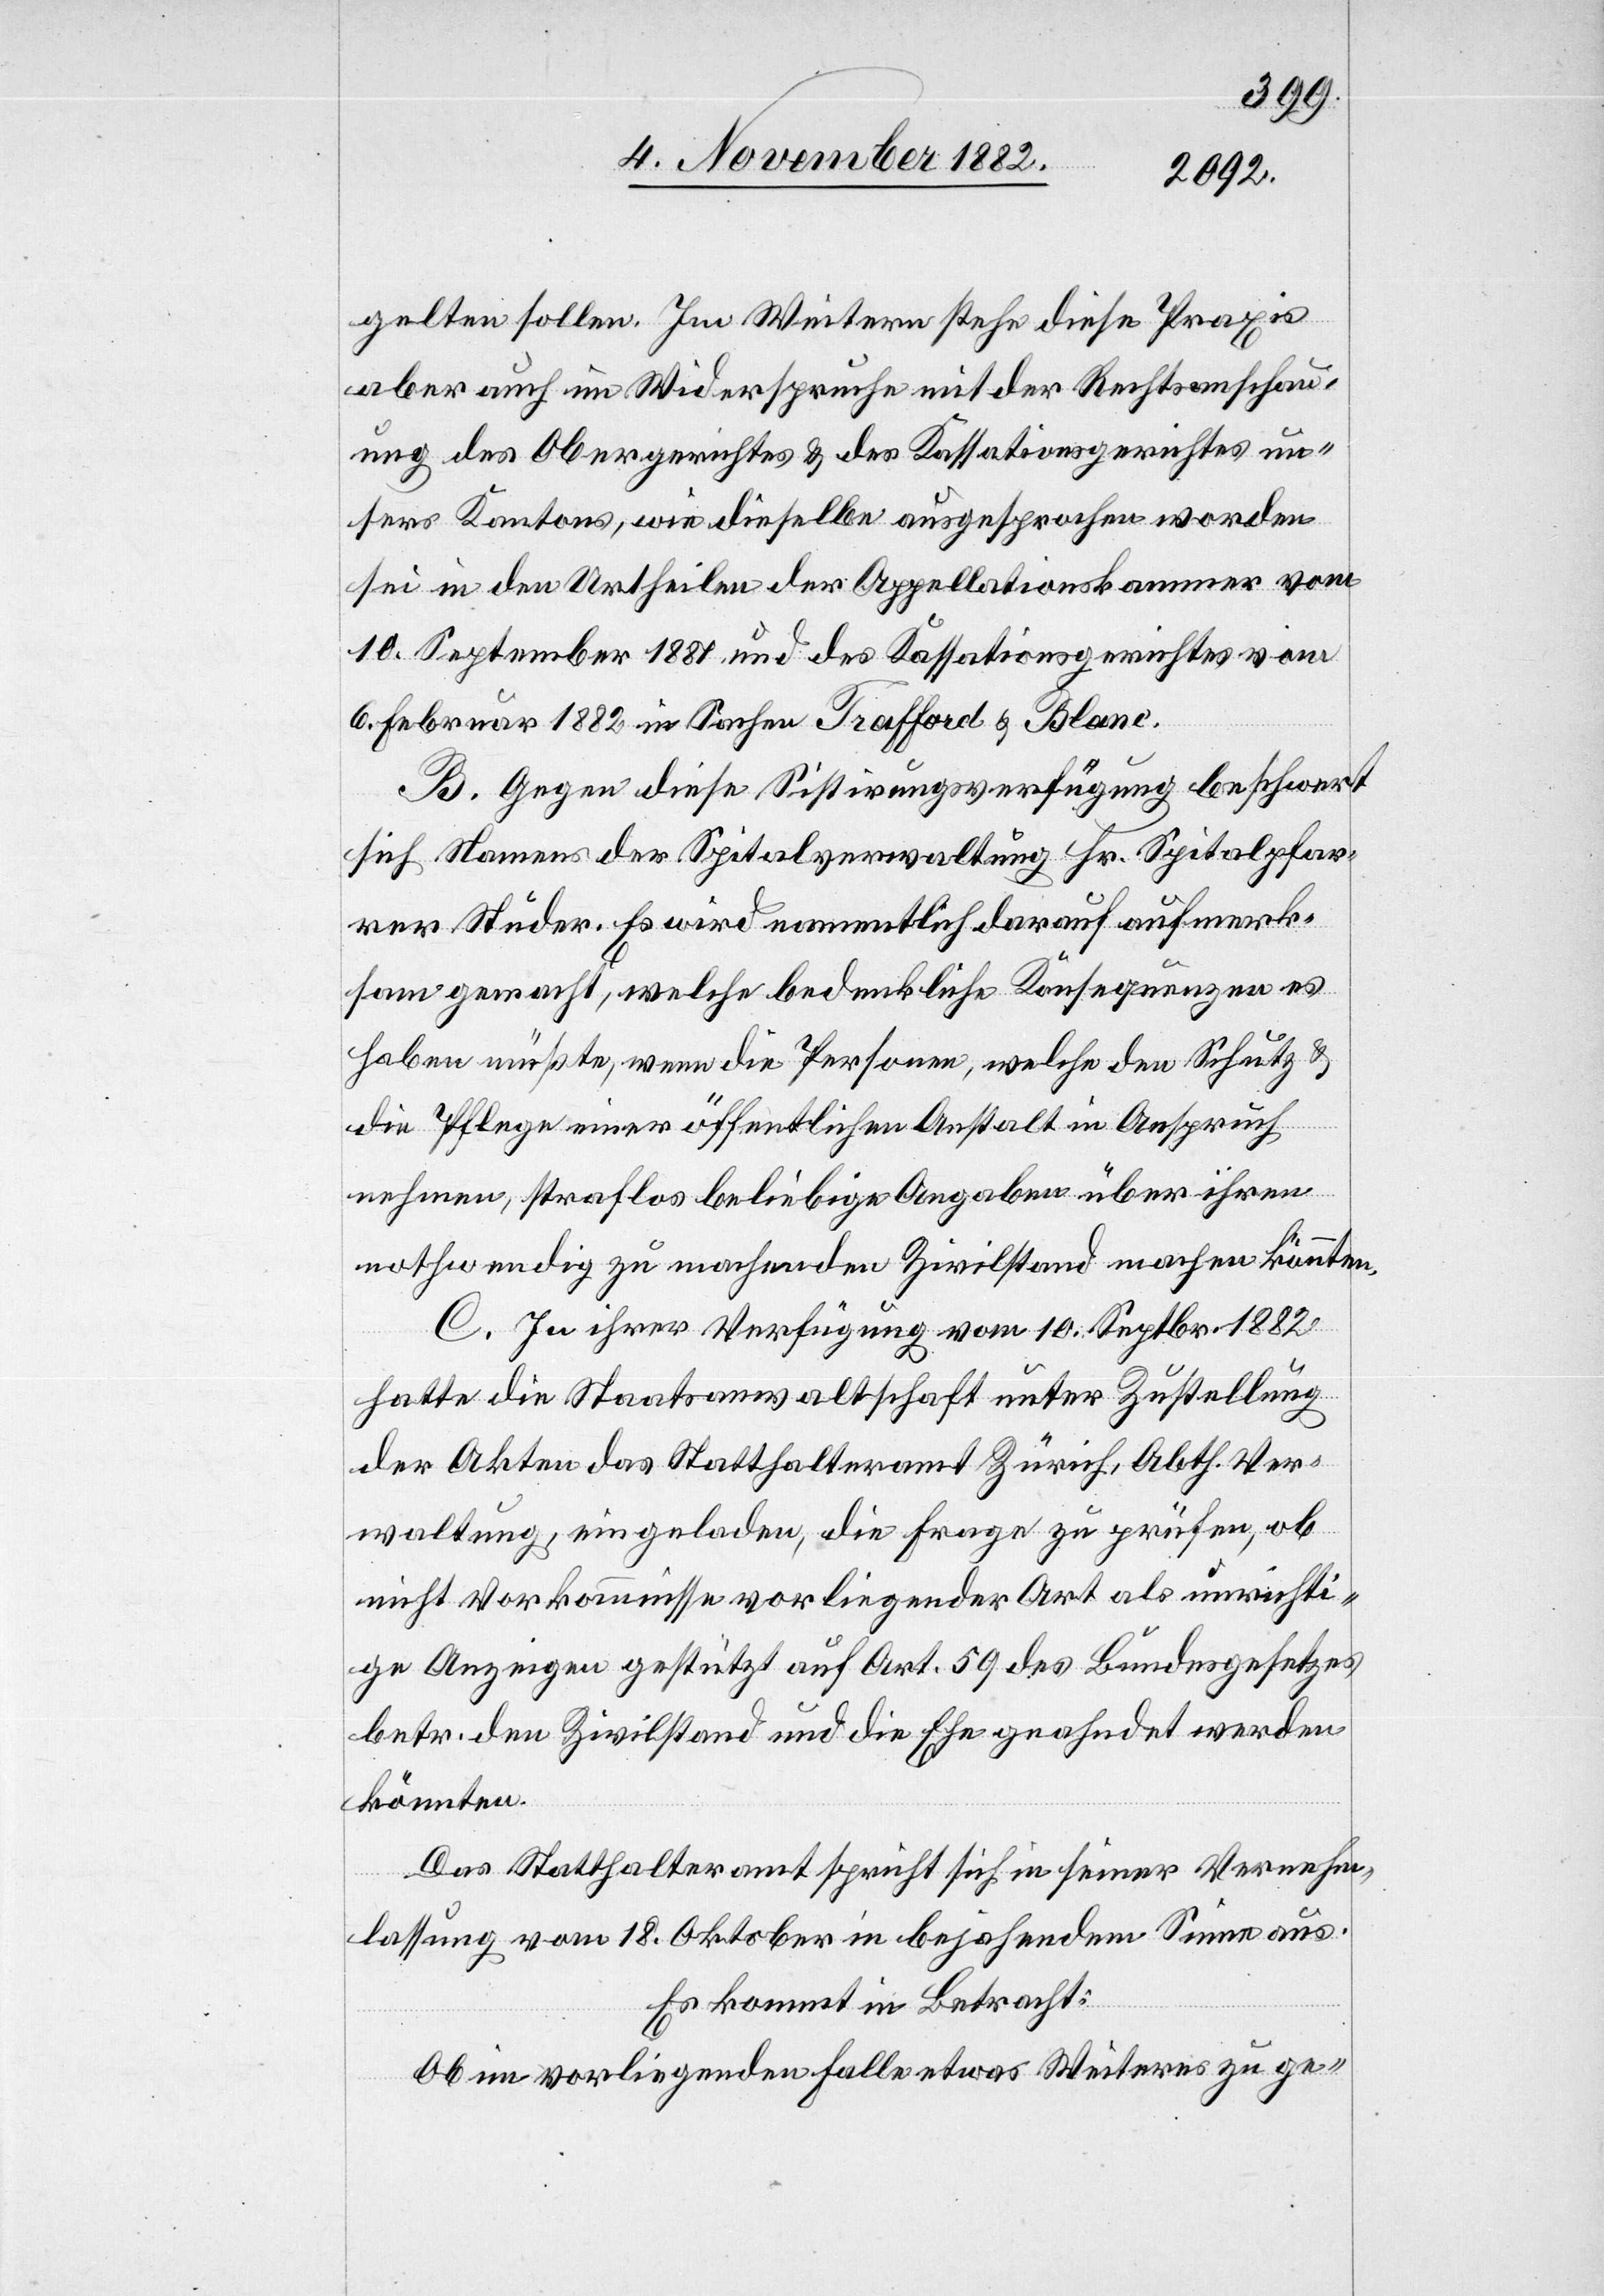
gelten sollen. Im Weitern stehe diese Praxis
aber auch im Widerspruche mit der Rechtsanschau¬
ung des Obergerichtes & des Kassationsgerichtes un¬
sers Kantons, wie dieselbe ausgesprochen worden
sei in den Urtheilen der Appellationskammer vom
10. September 1881 und des Kassationsgerichtes vom
6. Februar 1882 in Sachen Trafford & Blanc.
B. Gegen diese Sistirungsverfügung beschwert
sich Namens der Spitalverwaltung Hr. Spitalpfar¬
rer Studer. Es wird namentlich darauf aufmerk¬
sam gemacht, welche bedenkliche Konsequenzen es
haben müßte, wenn die Personen, welche den Schutz &
die Pflege einer öffentlichen Anstalt in Anspruch
nehmen, straflos beliebige Angaben über ihren
nothwendig zu machenden Zivilstand machen könnten.
C. In ihrer Verfügung vom 10. Septbr. 1882
hatte die Staatsanwaltschaft unter Zustellung
der Akten das Statthalteramt Zürich, Abth. Ver¬
waltung, eingeladen, die Frage zu prüfen, ob
nicht Vorkommnisse vorliegender Art als unrichti¬
ge Anzeigen gestützt auf Art. 59 des Bundesgesetzes
betr. den Zivilstand und die Ehe geahndet werden
könnten.
Das Statthalteramt spricht sich in seiner Vernehm¬
lassung vom 18. Oktober in bejahendem Sinne aus.
Es kommt in Betracht:
Ob im vorliegenden Falle etwas Weiteres zu ge-